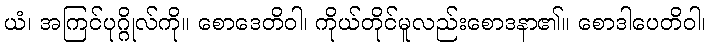
ယံ၊ အကြင်ပုဂ္ဂိုလ်ကို။ စောဒေတိဝါ၊ ကိုယ်တိုင်မူလည်းစောဒနာ၏။ စောဒါပေတိဝါ၊